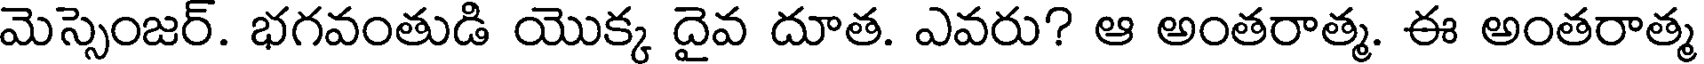
మెస్సెంజర్. భగవంతుడి యొక్క దైవ దూత. ఎవరు? ఆ అంతరాత్మ. ఈ అంతరాత్మ